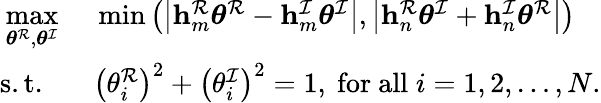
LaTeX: \begin{array}{rl}{\underset{\boldsymbol{\theta}^{\mathcal{R}},\boldsymbol{\theta}^{\mathcal{I}}}{\operatorname*{max}}}&{\ \operatorname*{min}\left(\left|\mathbf{h}_{m}^{\mathcal{R}}\boldsymbol{\theta}^{\mathcal{R}}-\mathbf{h}_{m}^{\mathcal{I}}\boldsymbol{\theta}^{\mathcal{I}}\right|,\left|\mathbf{h}_{n}^{\mathcal{R}}\boldsymbol{\theta}^{\mathcal{I}}+\mathbf{h}_{n}^{\mathcal{I}}\boldsymbol{\theta}^{\mathcal{R}}\right|\right)}\\ {\mathrm{s.t.}\; \; }&{\ \left(\theta_{i}^{\mathcal{R}}\right)^{2}+\left(\theta_{i}^{\mathcal{I}}\right)^{2}=1,\ \mathrm{for~all}\; i=1,2,\dots,N.}\end{array}